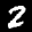
Label: 2